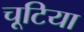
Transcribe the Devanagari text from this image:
चूटिया